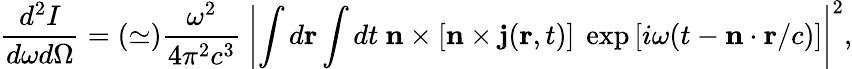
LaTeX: \frac{d^{2}I}{d\omega d\Omega}=(\simeq)\frac{\omega^{2}}{4\pi^{2}c^{3}}~\left|\int d\mathbf{r}\int dt~\mathbf{n}\times\left[\mathbf{n}\times\mathbf{j}(\mathbf{r},t)\right]~\exp\left[i\omega(t-\mathbf{n}\cdot\mathbf{r}/c)\right]\right|^{2},